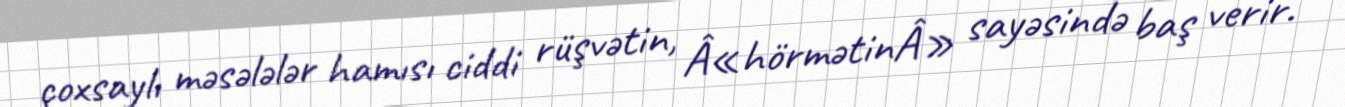
çoxsaylı məsələlər hamısı ciddi rüşvətin, Â«hörmətinÂ» sayəsində baş verir.